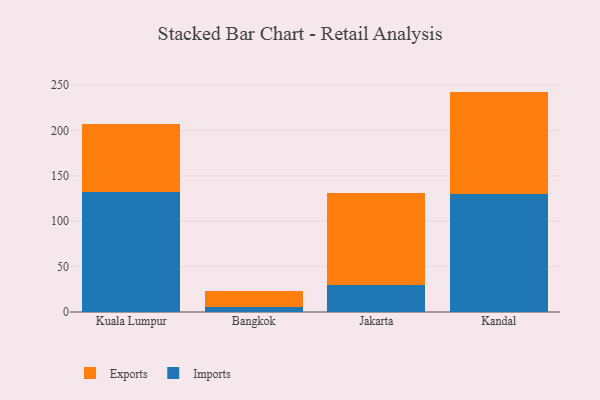
{"axis": {"x": "City", "y": "Backlog"}, "legend": ["Exports", "Imports"], "data": [{"x": "Kuala Lumpur", "y": 131.9, "type": "Imports"}, {"x": "Kuala Lumpur", "y": 75.6, "type": "Exports"}, {"x": "Bangkok", "y": 5.9, "type": "Imports"}, {"x": "Bangkok", "y": 16.7, "type": "Exports"}, {"x": "Jakarta", "y": 29.3, "type": "Imports"}, {"x": "Jakarta", "y": 101.8, "type": "Exports"}, {"x": "Kandal", "y": 129.8, "type": "Imports"}, {"x": "Kandal", "y": 113.0, "type": "Exports"}]}